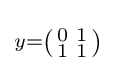
\scriptstyle y=\left({\begin{smallmatrix}0&1\\1&1\end{smallmatrix}}\right)